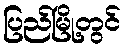
ပြည်မြို့တွင်